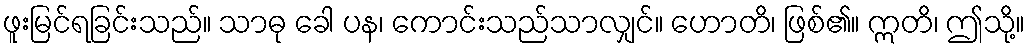
ဖူးမြင်ရခြင်းသည်။ သာဓု ခေါ ပန၊ ကောင်းသည်သာလျှင်။ ဟောတိ၊ ဖြစ်၏။ ဣတိ၊ ဤသို့။